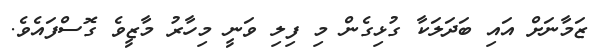
ޒަމާނަށް އައި ބަދަލަކާ ގުޅިގެން މި ފިލި ވަނީ މިހާރު މާޒީވެ ގޮސްފައެވެ.